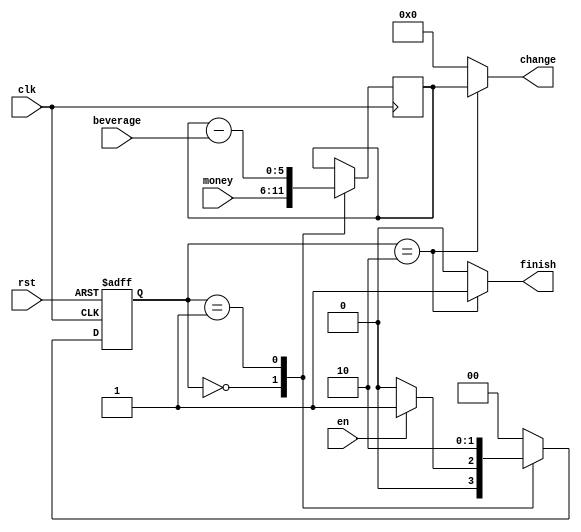
/////////////////////////////////////////////////////////////////////
// ---------------------- IVCAD 2023 Spring ---------------------- //
// ---------------------- Editor: Zhi-Yu Chen (Willy) ------------ //
// ---------------------- Version : v.1.00  ---------------------- //
// ---------------------- Date : 2023.03    ---------------------- //
// ---------------------- mini_vending      ---------------------- // 
/////////////////////////////////////////////////////////////////////

module mini_vending(clk, rst, en, money, beverage, change, finish);

input             clk, rst;
input             en;
input       [5:0] money, beverage;
output      reg [5:0] change;
output     reg  finish;
  
parameter PHASE0=2'd0;
parameter PHASE1=2'd1;
parameter PHASE2=2'd2;

reg [1:0] ns,cs;
always@(posedge clk or posedge rst)begin
	if(rst)
		cs <= PHASE0;
	else
		cs <= ns;
end
always@(cs or en)begin
	case(cs)
		/*
		PHASE0 wait money
		PHASE1 choose beverage
		PHASE2 get change
		*/
		PHASE0:	ns=en? PHASE1: PHASE0;//1
		PHASE1:	ns=PHASE2;//1
		PHASE2:	ns=PHASE0;//0
		default:
			ns=PHASE0;
	endcase
end
//money_s
reg [5:0] money_s;
always@(posedge clk)begin
	case(cs)
		PHASE0: money_s <= money;
		PHASE1: money_s <= money_s - beverage;
		default:
			money_s <= money_s;
	endcase
end
//change
always@(cs)begin
	case(cs)
		PHASE2:	change = money_s;
		default:
			change = 6'd0;
	endcase
end
//finish
always@(cs)begin
	case(cs)
		PHASE2: finish = 1'b1;
		default:
			finish = 1'b0;
	endcase
end

endmodule